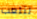
لنلعب